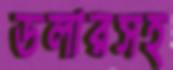
ডলারসহ